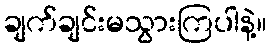
ချက်ချင်းမသွားကြပါနဲ့။